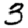
Digit: 3